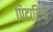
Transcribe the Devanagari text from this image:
पिटारियाँ